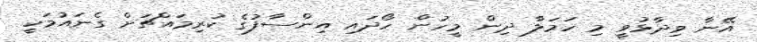
އޭނާ ވިދާޅުވީ މި ހަމަލާ ދިން މީހުން ހޯދައި އިންސާފުގެ ކުރިމައްޗަށް ގެނައުމަކީ